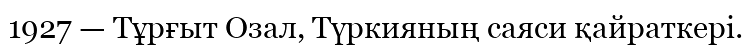
1927 — Тұрғыт Озал, Түркияның саяси қайраткері.